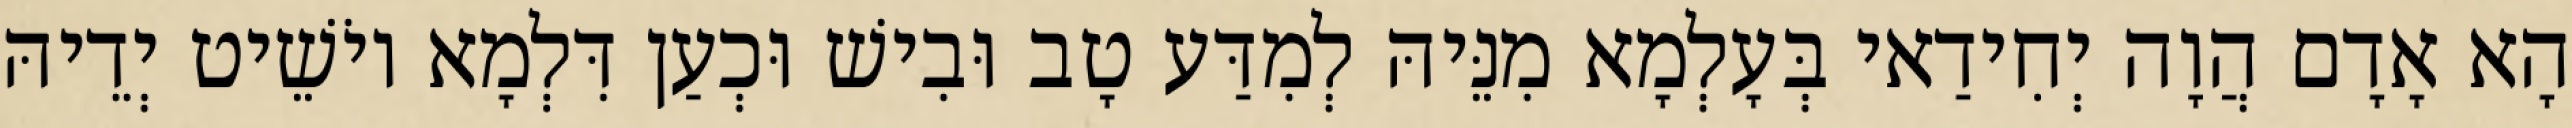
הָא אָדָם הֲוָה יְחִידַאי בְּעָלְמָא מִנֵּיהּ לְמִדַּע טָב וּבִישׁ וּכְעַן דִּלְמָא יוֹשֵׁיט יְדֵיהּ